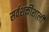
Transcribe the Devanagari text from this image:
सर्वशक्तीशाली